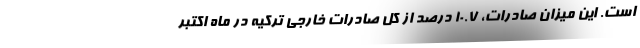
است. این میزان صادرات، 10.7 درصد از کل صادرات خارجی ترکیه در ماه اکتبر